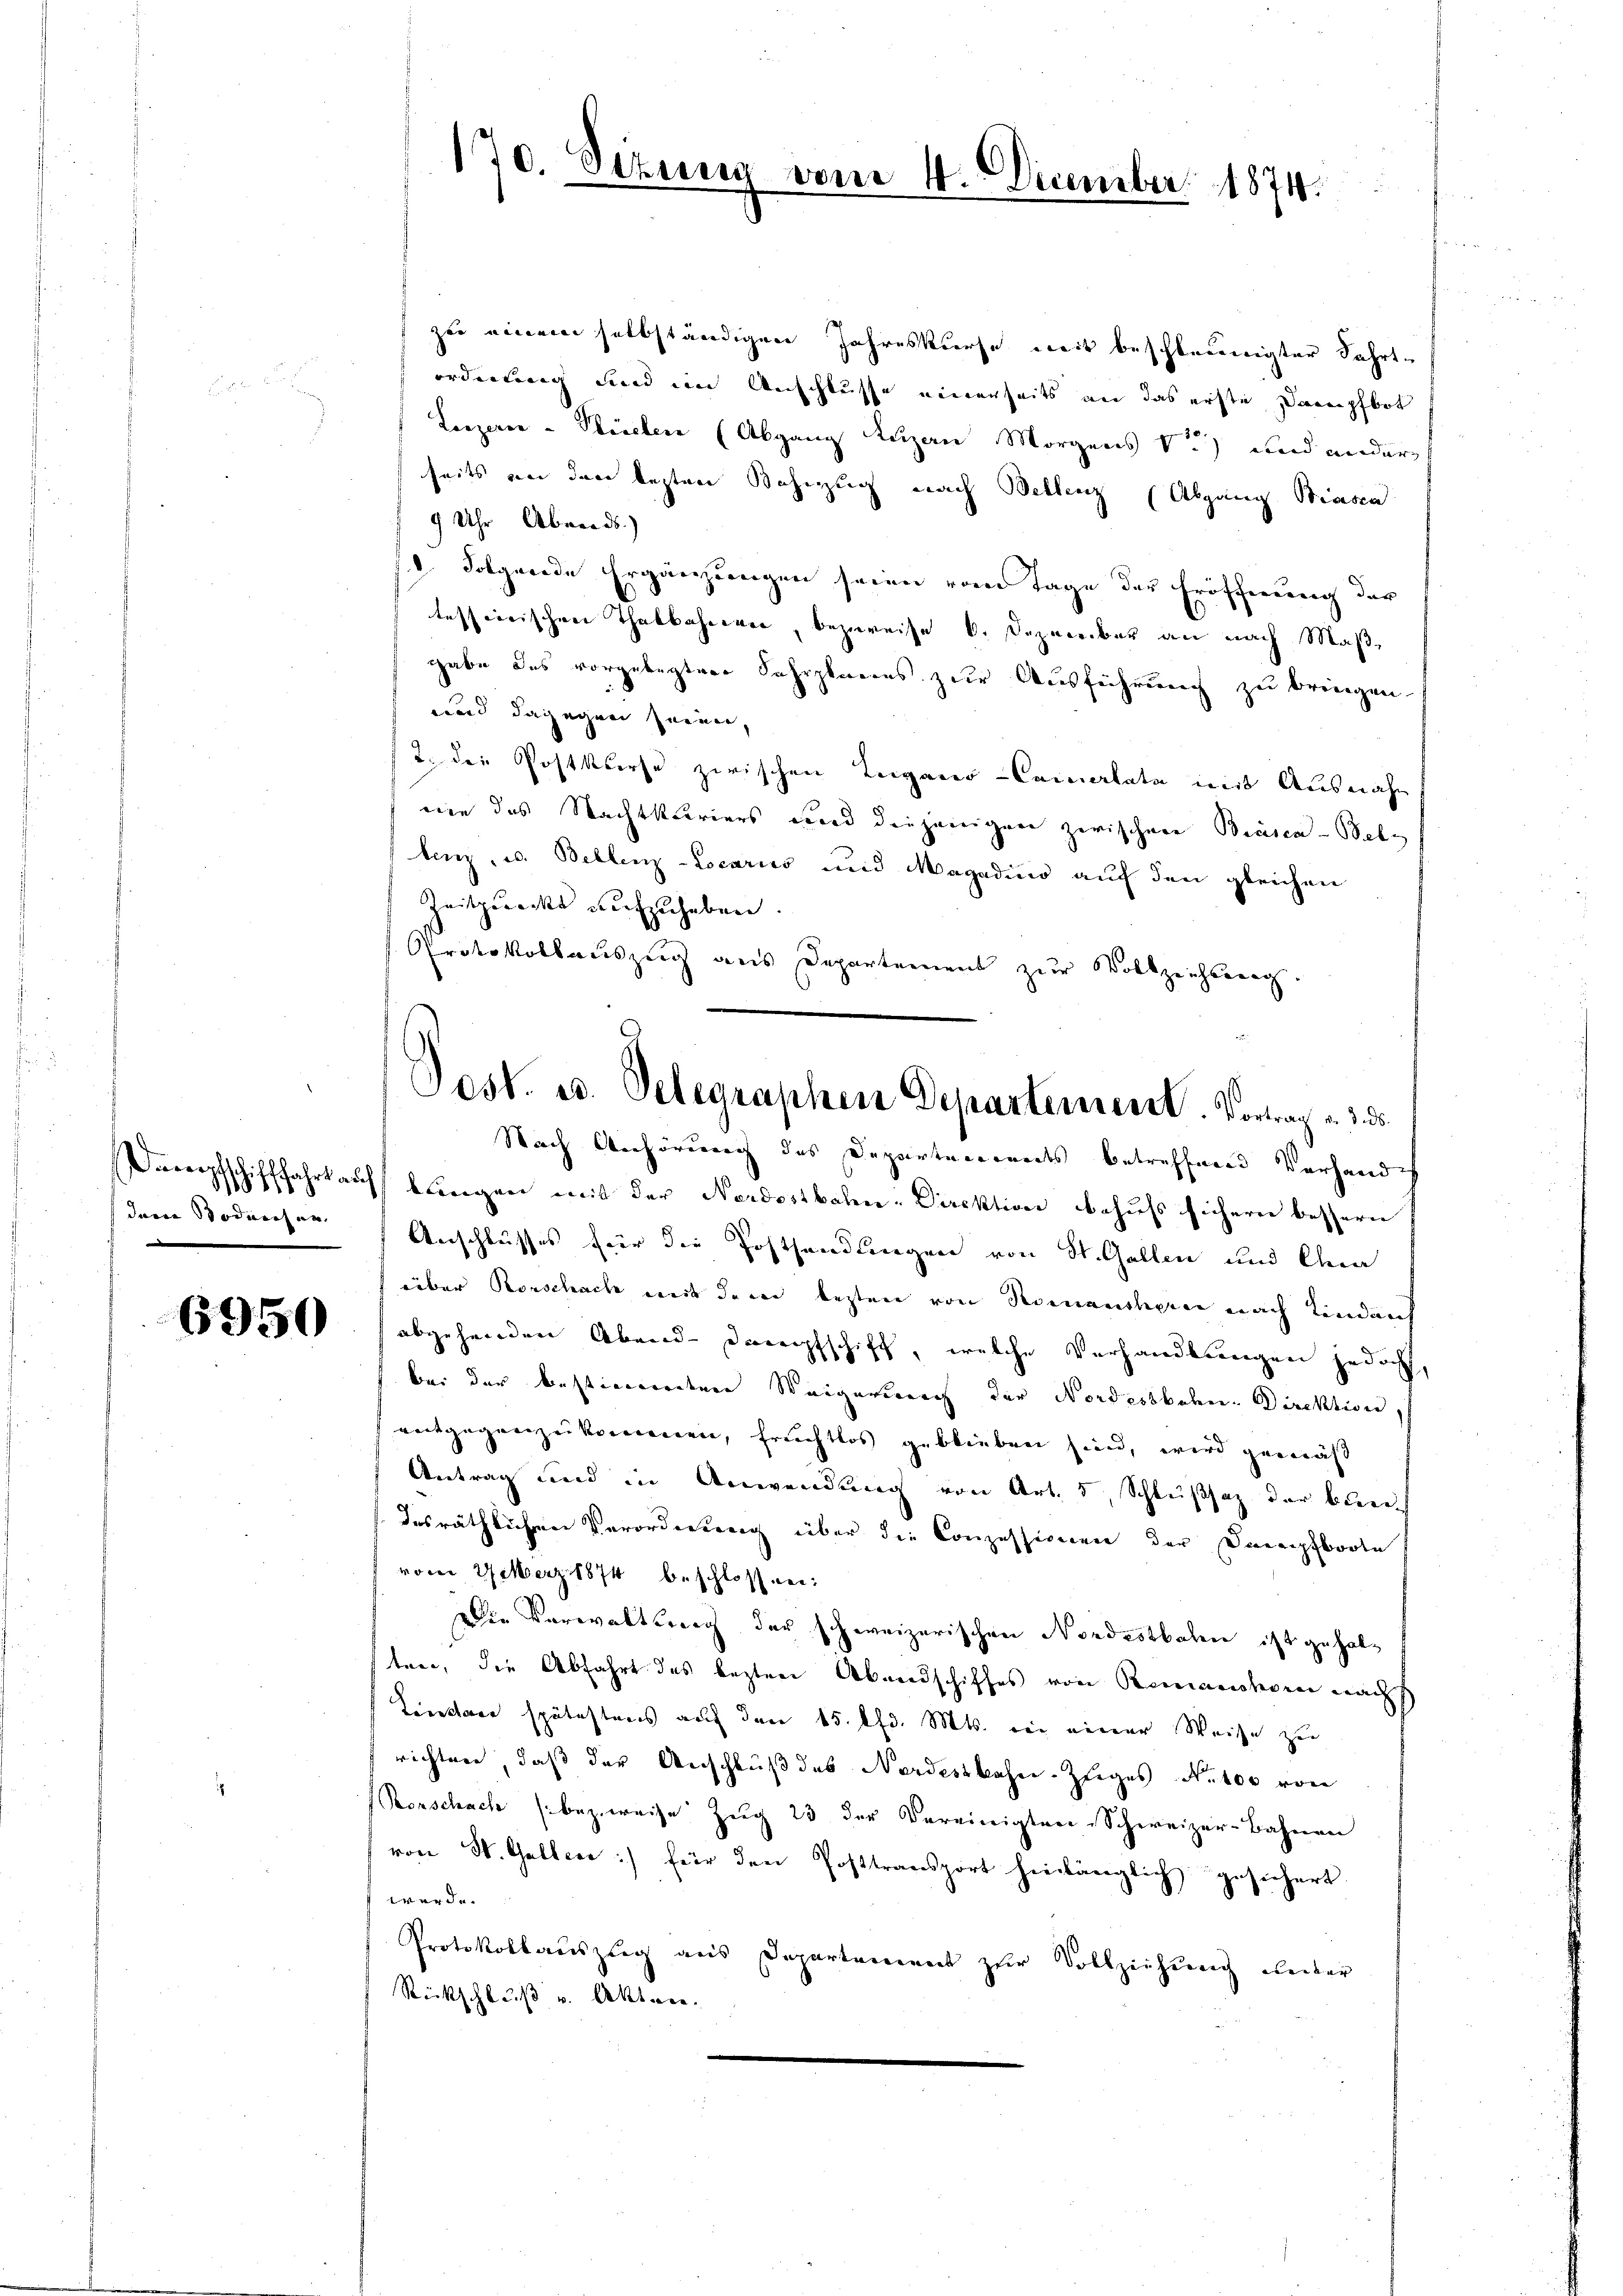
dann Bodischen

6950

zu einem selbständigen Jahreskurse mit beschleunigter Fahrtordnung und im Anschlusse einerseits an das erste Dampfbot
Lorzeren - Bleichen (Abgang Reizen Morgens v. und ander
seits an den lezten Bahnzug nach Bellenz (Abgang Biesen
9 Uhr Abreads.)
18. Folgende Ergänzungen seien vom Tage der Eröffnung der
tessierischen Thatbahnener, bezureise b. Dezember an nach Maße
gabe das vorgelegten Fahrplanes zur Ausführung zu bringen.
ward dagegen seiner,
2. die Postkurse zwischen Luganer-Commalata mit Ausnahm
nie das Nachtkleriers wird diejenigen zwischen Biasca - Bele
lenz, u. Bellenz -Locariis und Magadino auf den gleichen
Zeitpuncke aufzuheben.
Protokollauszeig aus Departement zur Vollzeichsweg.

170. Sizung vom 4. December 1874.

Post. u. Telegraphen Departement. Vortrag u. 3 d
Nach Anhörung des Departenanndts betreffend Vorhande

Dampfschifffahrt aŭf bŭngen mit der Nordostbahn-Direktion behŭfs sichern bessern
Anschlusses für die Posthandlungen von St. Gallen und Cha
über Rorschache mit dem lezten von Redenanthern nach Kinden
abgehenden Abend-Dampfschiff, welche Verhandlungen jedoch,
bei der bestimordere Weigersprich der Nordostbahn- Direktion.
entgegenzukommen, fruchtlos geblieben sind, wird gemäß
Antrag und in Anwendung von Art. 5, Schlußsaz der bund
desräthlichen Verorderung über die Conzessionen der Dampfboote
vom 29 März 1874 beschlossen:
Die Verwaltung der schweizerischen Nordostbahn ist gehalten, die Abfahrt des lezten Abendschiffes von Romanshorn nach
Tentare spätestens auf den 15. lfd. Mts. in einer Weise zu
richten, daß der Anschluß des Nordestbahn-Zeiges No 100 von
Rorschach (bezweise Zug 23 der Vereinigten-Schweizer-Bahnen
von St. Gallen :/ für den Posttransport hinlänglich gesichert
werde.
Protokollauszug aus Departement zur Vollziehung unter
Rückschluß u. Akten.